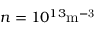
n = 1 0 ^ { 1 3 } \mathrm { m ^ { - 3 } }